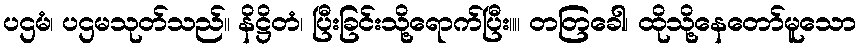
ပဌမံ၊ ပဌမသုတ်သည်။ နိဋ္ဌိတံ၊ ပြီးခြင်းသို့ရောက်ပြီး။။ တတြခေါ၊ ထိုသို့နေတော်မူသော